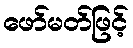
ဖော်မတ်ဖြင့်